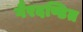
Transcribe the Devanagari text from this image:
गैरदण्डित